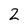
Character: 2